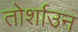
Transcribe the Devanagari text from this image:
तोर्शाउन